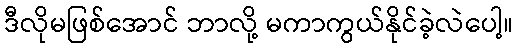
ဒီလိုမဖြစ်အောင် ဘာလို့ မကာကွယ်နိုင်ခဲ့လဲပေါ့။